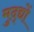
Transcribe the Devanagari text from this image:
मुद्द्यों